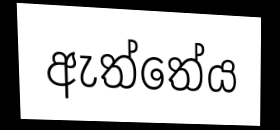
ඇත්තේය